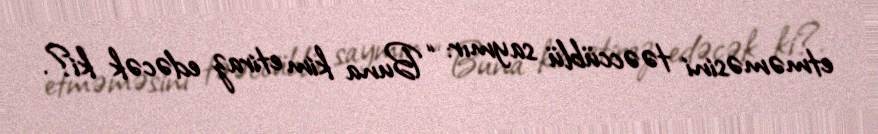
etməməsini təəccüblü saymır: “Buna kim etiraz edəcək ki?.